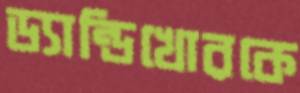
ড্যান্ডিখোরকে